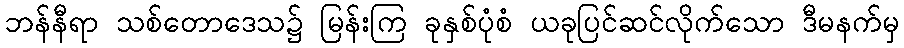
ဘန်နီရာ သစ်တောဒေသ၌ မြန်းကြ ခုနှစ်ပုံစံ ယခုပြင်ဆင်လိုက်သော ဒီမနက်မှ